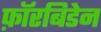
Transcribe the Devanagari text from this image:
फ़ॉरबिडेन